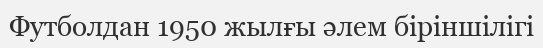
Футболдан 1950 жылғы әлем біріншілігі